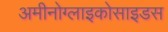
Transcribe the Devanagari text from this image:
अमीनोग्लाइकोसाइडस